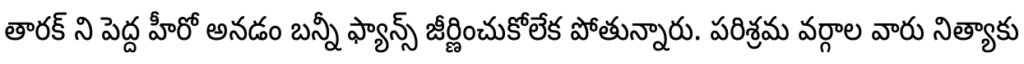
తారక్ ని పెద్ద హీరో అనడం బన్నీ ఫ్యాన్స్ జీర్ణించుకోలేక పోతున్నారు. పరిశ్రమ వర్గాల వారు నిత్యాకు